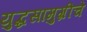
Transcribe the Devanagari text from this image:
युद्धसामुग्रीचे